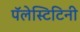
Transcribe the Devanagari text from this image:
पॅलेस्टिटिनी